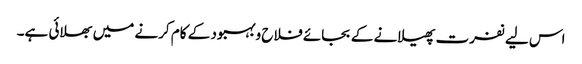
اس لیے نفرت پھیلانے کے بجائے فلاح وبہبود کے کام کرنے میں بھلائی ہے۔